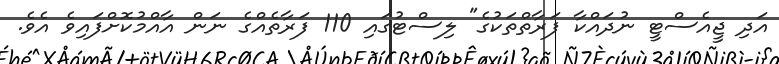
އަދި ޖީއެސްޓީ ނުދައްކާ ފަރާތްތަކުގެ" ލިސްޓުގައި 110 ފަރާތެއްގެ ނަން އާއްމުކޮށްފައިވެ އެވެ.